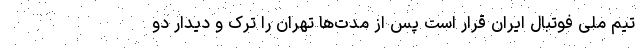
تیم ملی فوتبال ایران قرار است پس از مدت‌ها تهران را ترک و دیدار دو